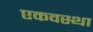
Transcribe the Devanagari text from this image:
एकवस्था